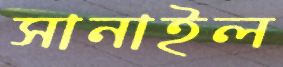
সানাইল